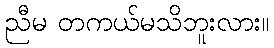
ညီမ တကယ်မသိဘူးလား။